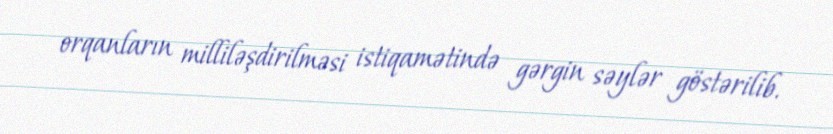
orqanların milliləşdirilməsi istiqamətində gərgin səylər göstərilib.